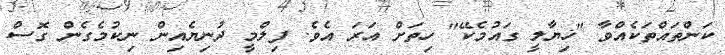
ކަންތައްތަކެއްވާ "ޚިޔާލީ ގައުމެކޭ" ހިތަށް އަރަ އެވެ. ފިލްމީ ދުނިޔެއިން ނިކުމެގެން ގޮސް